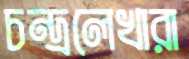
চন্দ্রলেখারা